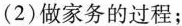
(2)做家务的过程；